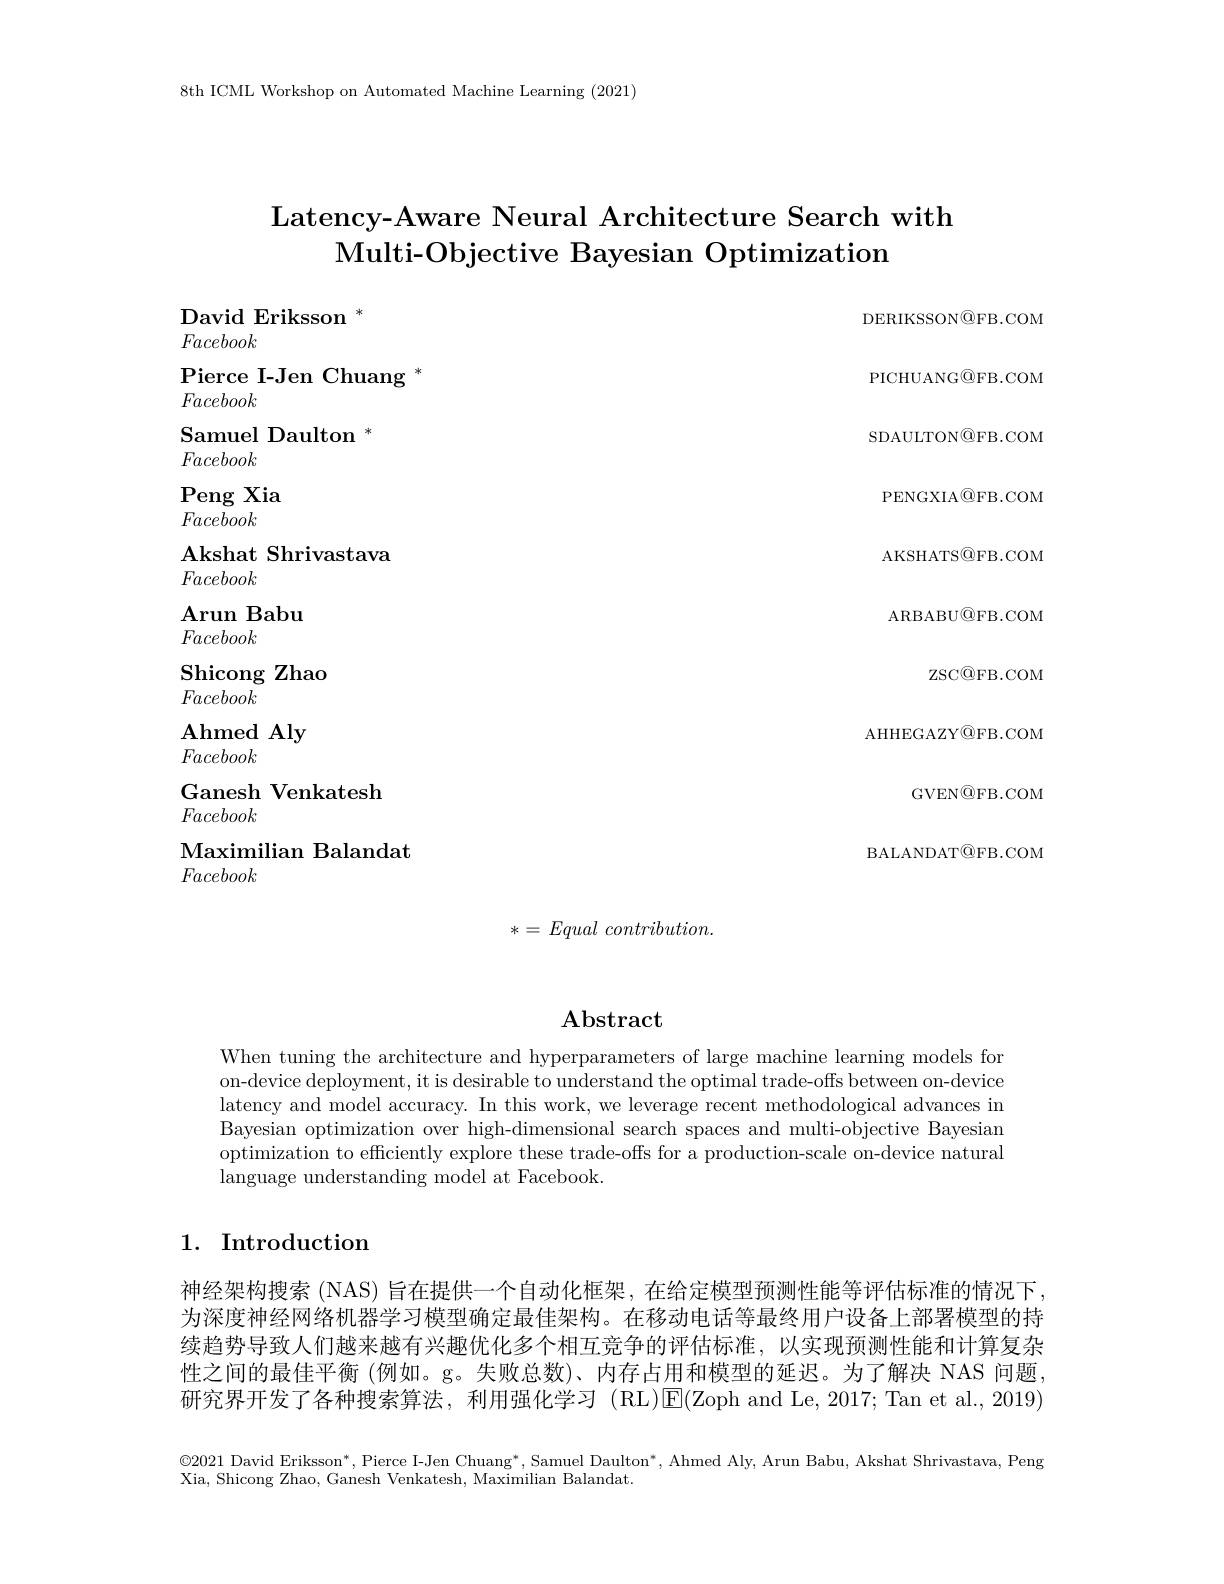
8th ICML Workshop on Automated Machine Learning (2021)

# Latency-Aware Neural Architecture Search with $\textbf{Multi- Objective Bayesian Optimization}$

DERIKSSON@FB.COM PICHUANG@FB.COM SDAULTONQFB.COM PENGXIA@FB.COM AKSHATS@FB.COM ARBABU@FB.COM
ZSCQFB.COM
AHHEGAZY@FB.COM
GVEN@FB.COM BALANDAT@ FB. COM

David Eriksson $^{*}$

Facebook

Pierce I-Jen Chuang $^*$

Facebook

Samuel Daulton $^{*}$

Facebook

Peng Xia

Facebook

Akshat Shrivastava

Facebook

Arun Babu

Facebook

Shicong Zhao

Facebook

$\mathbf{Ahmed}$ Aly

Facebook

Ganesh Venkatesh

Facebook

Maximilian Balandat

Facebook

$* = Equal\textit{ contribution. }$

## $\mathbf{Abstract}$

When tuning the architecture and hyperparameters of large machine learning models for on-device deployment, it is desirable to understand the optimal trade-offs between on-device latency and model accuracy. In this work, we leverage recent methodological advances in Bayesian optimization over high-dimensional search spaces and multi-objective Bayesian optimization to efficiently explore these trade-offs for a production-scale on-device natural language understanding model at Facebook.

## 1. Introduction

神经架构搜索 (NAS) 旨在提供一个自动化框架，在给定模型预测性能等评估标准的情况下。为深度神经网络机器学习模型确定最佳架构。在移动电话等最终用户设备上部署模型的持续趋势导致人们越来越有兴趣优化多个相互竞争的评估标准，以实现预测性能和计算复杂性之间的最佳平衡 (例如。g。失败总数)、内存占用和模型的延迟。为了解决 NAS 问题研究界开发了各种搜索算法，利用强化学习(RL)E(Zoph and Le,2017;Tan et al.,2019)

$\textcircled{2}021$ David Eriksson", Pierce I-Jen Chuang", Samuel Daulton", Ahmed Aly, Arun Babu, Akshat Shrivastava, Peng
Xia, Shicong Zhao, Ganesh Venkatesh, Maximilian Balandat.